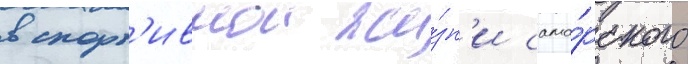
в спорт'ивнои жи́зн'и сама́рского